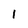
Character: 1